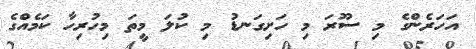
އަހަރެންގެ މި ސޫރަ މި ހަށިގަނޑު މި ކުލަ މީތަ މިހުރިހާ ކަމެއްގެ